Plague in India, 1896, 1897 - Volume 1
Year: 1896
Disease focus: Plague
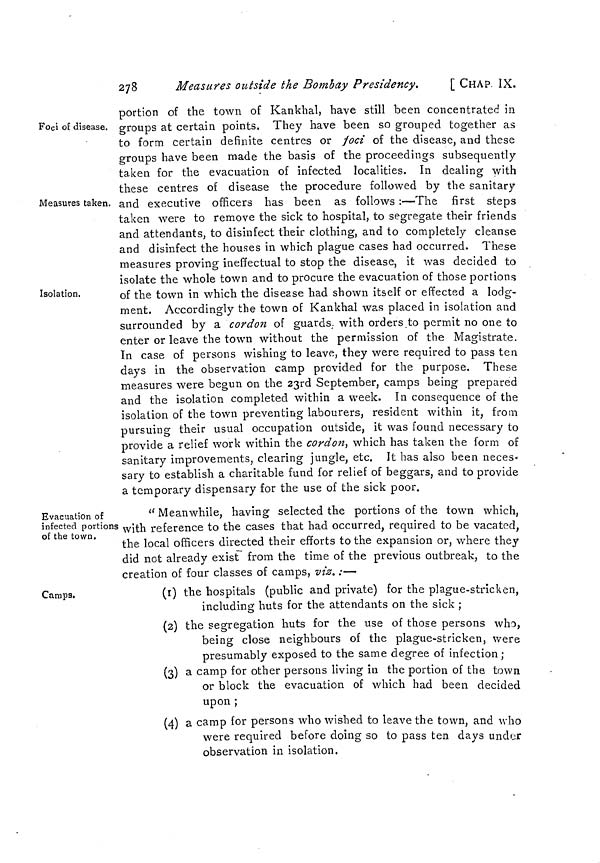
278
Measures outside the Bombay Presidency.
[ CHAP. IX.
Foci of disease.
Measures taken.
Isolation.
portion of the town of Kankhal, have still been concentrated in
groups at certain points. They have been so grouped together as
to form certain definite centres or foci of the disease, and these
groups have been made the basis of the proceedings subsequently
taken for the evacuation of infected localities. In dealing with
these centres of disease the procedure followed by the sanitary
and executive officers has been as follows :—The first steps
taken were to remove the sick to hospital, to segregate their friends
and attendants, to disinfect their clothing, and to completely cleanse
and disinfect the houses in which plague cases had occurred. These
measures proving ineffectual to stop the disease, it was decided to
isolate the whole town and to procure the evacuation of those portions
of the town in which the disease had shown itself or effected a lodg-
ment. Accordingly the town of Kankhal was placed in isolation and
surrounded by a cordon of guards, with orders to permit no one to
enter or leave the town without the permission of the Magistrate.
In case of persons wishing to leave, they were required to pass ten
days in the observation camp provided for the purpose. These
measures were begun on the 23rd September, camps being prepared
and the isolation completed within a week. In consequence of the
isolation of the town preventing labourers, resident within it, from
pursuing their usual occupation outside, it was found necessary to
provide a relief work within the cordon, which has taken the form of
sanitary improvements, clearing jungle, etc. It has also been neces-
sary to establish a charitable fund for relief of beggars, and to provide
a temporary dispensary for the use of the sick poor.
Evacuation of
infected portions
of the town.
" Meanwhile, having selected the portions of the town which,
with reference to the cases that had occurred, required to be vacated,
the local officers directed their efforts to the expansion or, where they
did not already exist from the time of the previous outbreak, to the
creation of four classes of camps, viz.:—
Camps.
(1) the hospitals (public and private) for the plague-stricken,
including huts for the attendants on the sick ;
(2) the segregation huts for the use of those persons who,
being close neighbours of the plague-stricken, were
presumably exposed to the same degree of infection ;
(3) a camp for other persons living in the portion of the town
or block the evacuation of which had been decided
upon ;
(4) a camp for persons who wished to leave the town, and who
were required before doing so to pass ten clays under
observation in isolation.